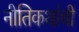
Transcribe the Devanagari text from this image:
नीतिकथांची